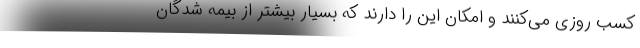
کسب روزی می‌کنند و امکان این را دارند که بسیار بیشتر از بیمه شدگان